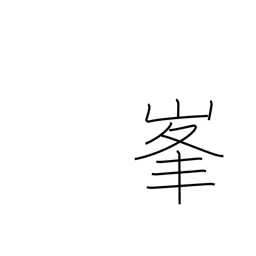
Meaning: peak